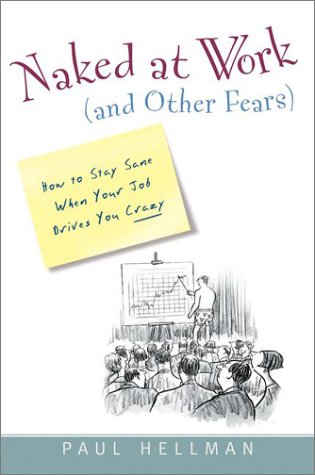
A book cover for Naked at Work (And Other Fears):: How to Stay Sane When Your Job Drives you Crazy; Paul Hellman; Business & Money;